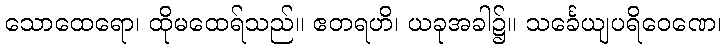
သောထေရော၊ ထိုမထေရ်သည်။ ဧတရဟိ၊ ယခုအခါ၌။ သင်္ခေယျပရိဝေဏေ၊